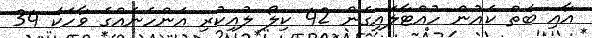
އާއި ބަތް ކެއުން ހުއްޓާލައިގެން 42 ކިލޯ ލުއިކުރި އަންހެނެއްގެ ވާހަކަ 34